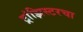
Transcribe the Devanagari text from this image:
ट्रांझिस्टरचा